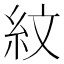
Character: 紋